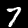
Label: 7